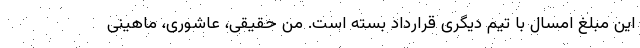
این مبلغ امسال با تیم دیگری قرارداد بسته است. من حقیقی، عاشوری، ماهینی